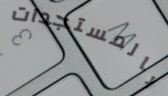
بالمستجدات